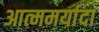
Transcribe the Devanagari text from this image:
आत्ममर्यादा